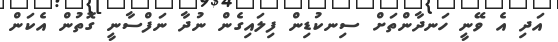
އަދި އެ ވޭނީ ހަނދާންތަށް ސިނކުޑިން ފިލައިގެން ނުދާ ނަފްސާނީ ގޮތުން އެކަން